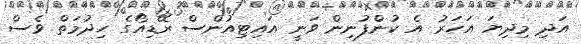
އަދި މިދިޔަ އަހަރު އެ ކުންފުނިން ވަނީ އައިޓިއުންސް ރޭޑިއޯގެ ހިދުމަތް ވެސް